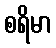
စရိမာ